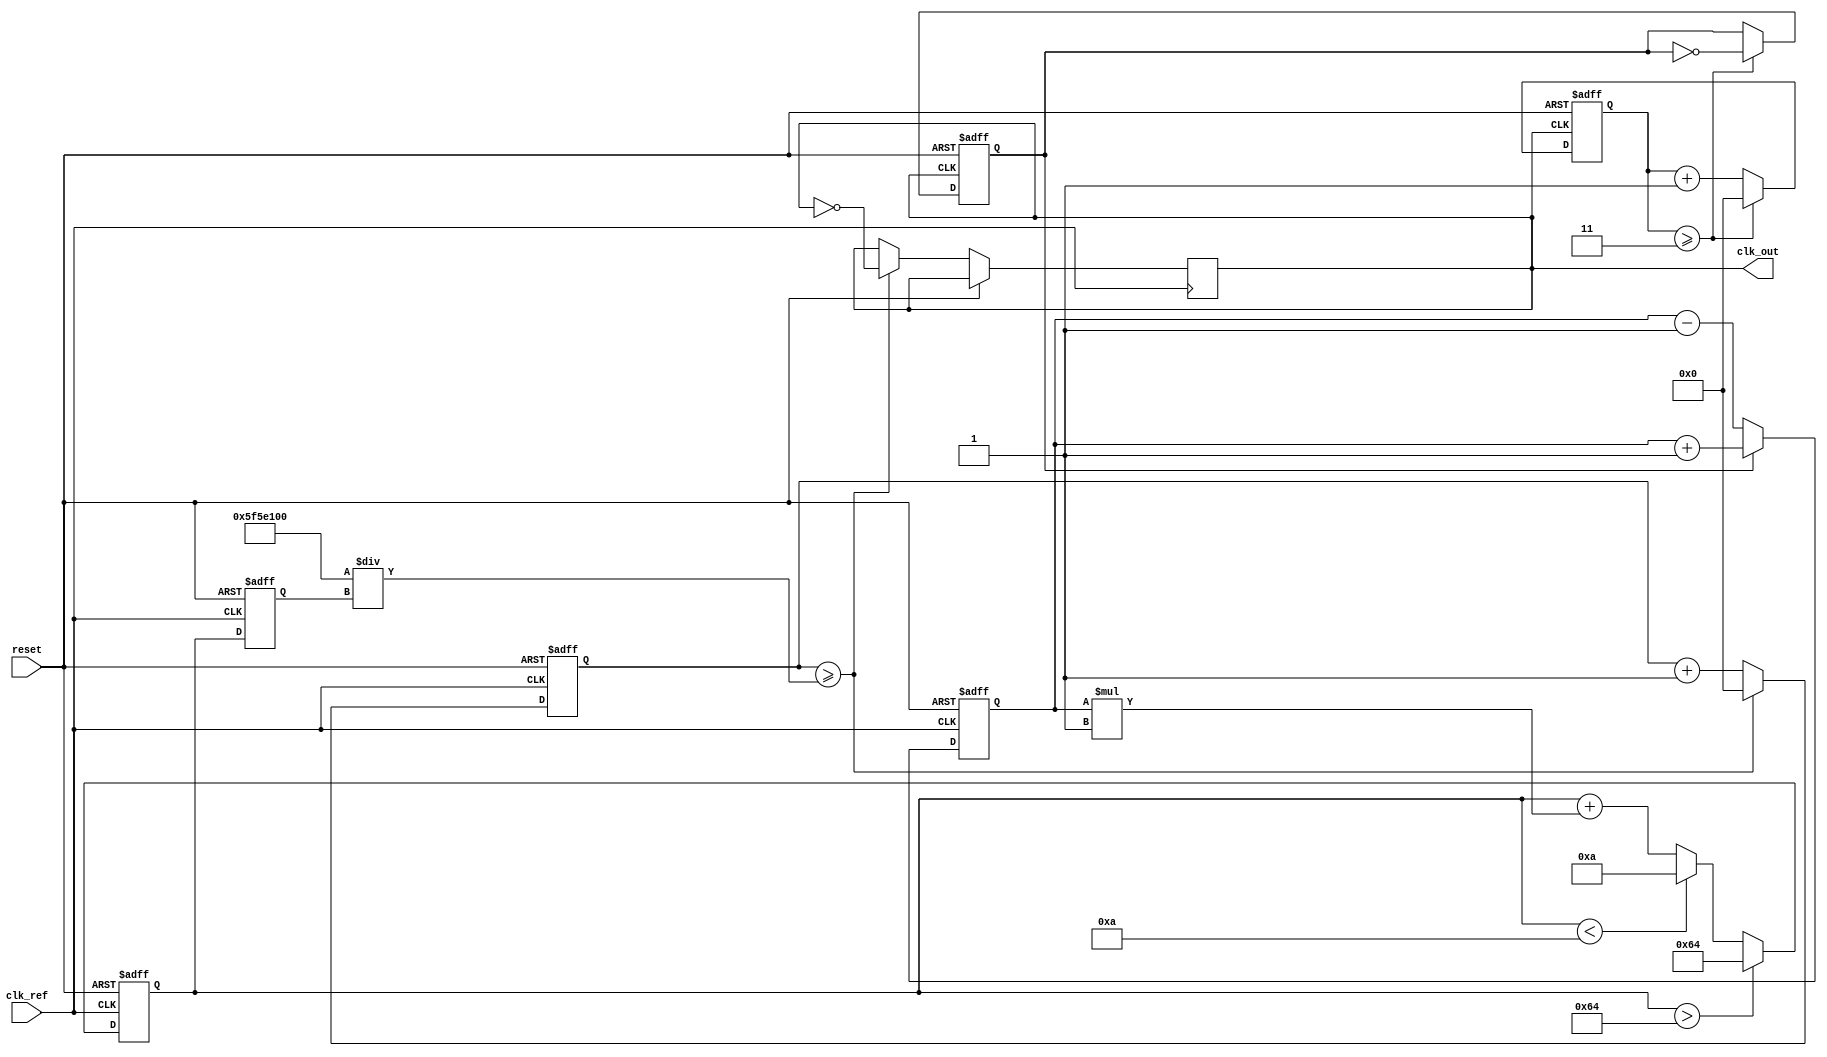
module PLL (
    input wire clk_ref,        // Reference clock input
    input wire reset,          // Reset signal
    output reg clk_out         // Output clock
);

// Parameters
parameter DIV_RATIO = 4;     // Frequency divider ratio
parameter VCO_MAX_FREQ = 100; // Max VCO frequency
parameter VCO_MIN_FREQ = 10;  // Min VCO frequency
parameter LOOP_FILTER_GAIN = 1; // Gain for loop filter

// Internal signals
reg [31:0] phase_error;       // Phase error signal
reg [31:0] control_voltage;    // Control voltage for VCO
reg [31:0] vco_output;         // VCO output frequency
reg [31:0] vco_counter;        // VCO counter for frequency generation
reg [31:0] divider_counter;    // Frequency divider counter
reg clk_div;                  // Divided clock signal

// Phase Detector (PD)
always @(posedge clk_ref or posedge reset) begin
    if (reset) begin
        phase_error <= 0;
    end else begin
        // Simple phase detection logic (leading/lagging)
        if (clk_div) begin
            phase_error <= phase_error + 1; // Increment for leading edge
        end else begin
            phase_error <= phase_error - 1; // Decrement for lagging edge
        end
    end
end

// Loop Filter
always @(posedge clk_ref or posedge reset) begin
    if (reset) begin
        control_voltage <= 0;
    end else begin
        // Simple proportional control for loop filter
        control_voltage <= control_voltage + (phase_error * LOOP_FILTER_GAIN);
        // Clamp control voltage to VCO limits
        if (control_voltage > VCO_MAX_FREQ) begin
            control_voltage <= VCO_MAX_FREQ;
        end else if (control_voltage < VCO_MIN_FREQ) begin
            control_voltage <= VCO_MIN_FREQ;
        end
    end
end

// Voltage-Controlled Oscillator (VCO)
always @(posedge clk_ref or posedge reset) begin
    if (reset) begin
        vco_output <= VCO_MIN_FREQ;
        vco_counter <= 0;
    end else begin
        // Update VCO output frequency based on control voltage
        vco_output <= control_voltage;
        // Generate VCO output clock based on vco_output frequency
        if (vco_counter >= (100000000 / vco_output)) begin // Assuming 100MHz reference clock
            clk_out <= ~clk_out; // Toggle output clock
            vco_counter <= 0;
        end else begin
            vco_counter <= vco_counter + 1;
        end
    end
end

// Frequency Divider
always @(posedge clk_out or posedge reset) begin
    if (reset) begin
        divider_counter <= 0;
        clk_div <= 0;
    end else begin
        if (divider_counter >= (DIV_RATIO - 1)) begin
            clk_div <= ~clk_div; // Toggle divided clock
            divider_counter <= 0;
        end else begin
            divider_counter <= divider_counter + 1;
        end
    end
end

endmodule